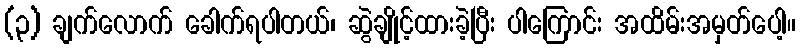
(၃) ချက်လောက် ခေါက်ရပါတယ်၊ ဆွဲချိုင့်ထားခဲ့ပြီး ပါကြောင်း အထိမ်းအမှတ်ပေါ့။